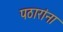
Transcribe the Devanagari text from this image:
पठारांना